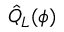
\hat { Q } _ { L } ( \phi )